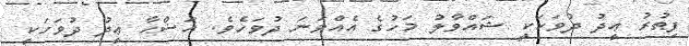
ފިޠުރު ޢީދު ދުވަހަކީ ޝައްވާލު މަހުގެ އެއްވަނަ ދުވަހެވެ. އަޟްޙާ ޢީދު ދުވަހަކީ